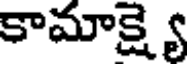
కామాక్ష్యై